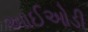
આઈઓડી